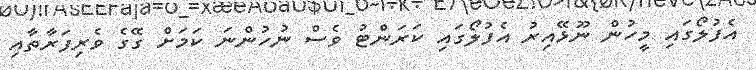
އެފުލޯގައި މީހުން ނޫޅޭއިރު އެފުލޯގައި ކަރަންޓު ވެސް ނުހުންނަ ކަމަށް ގޭގެ ވެރިފަރާތާއި